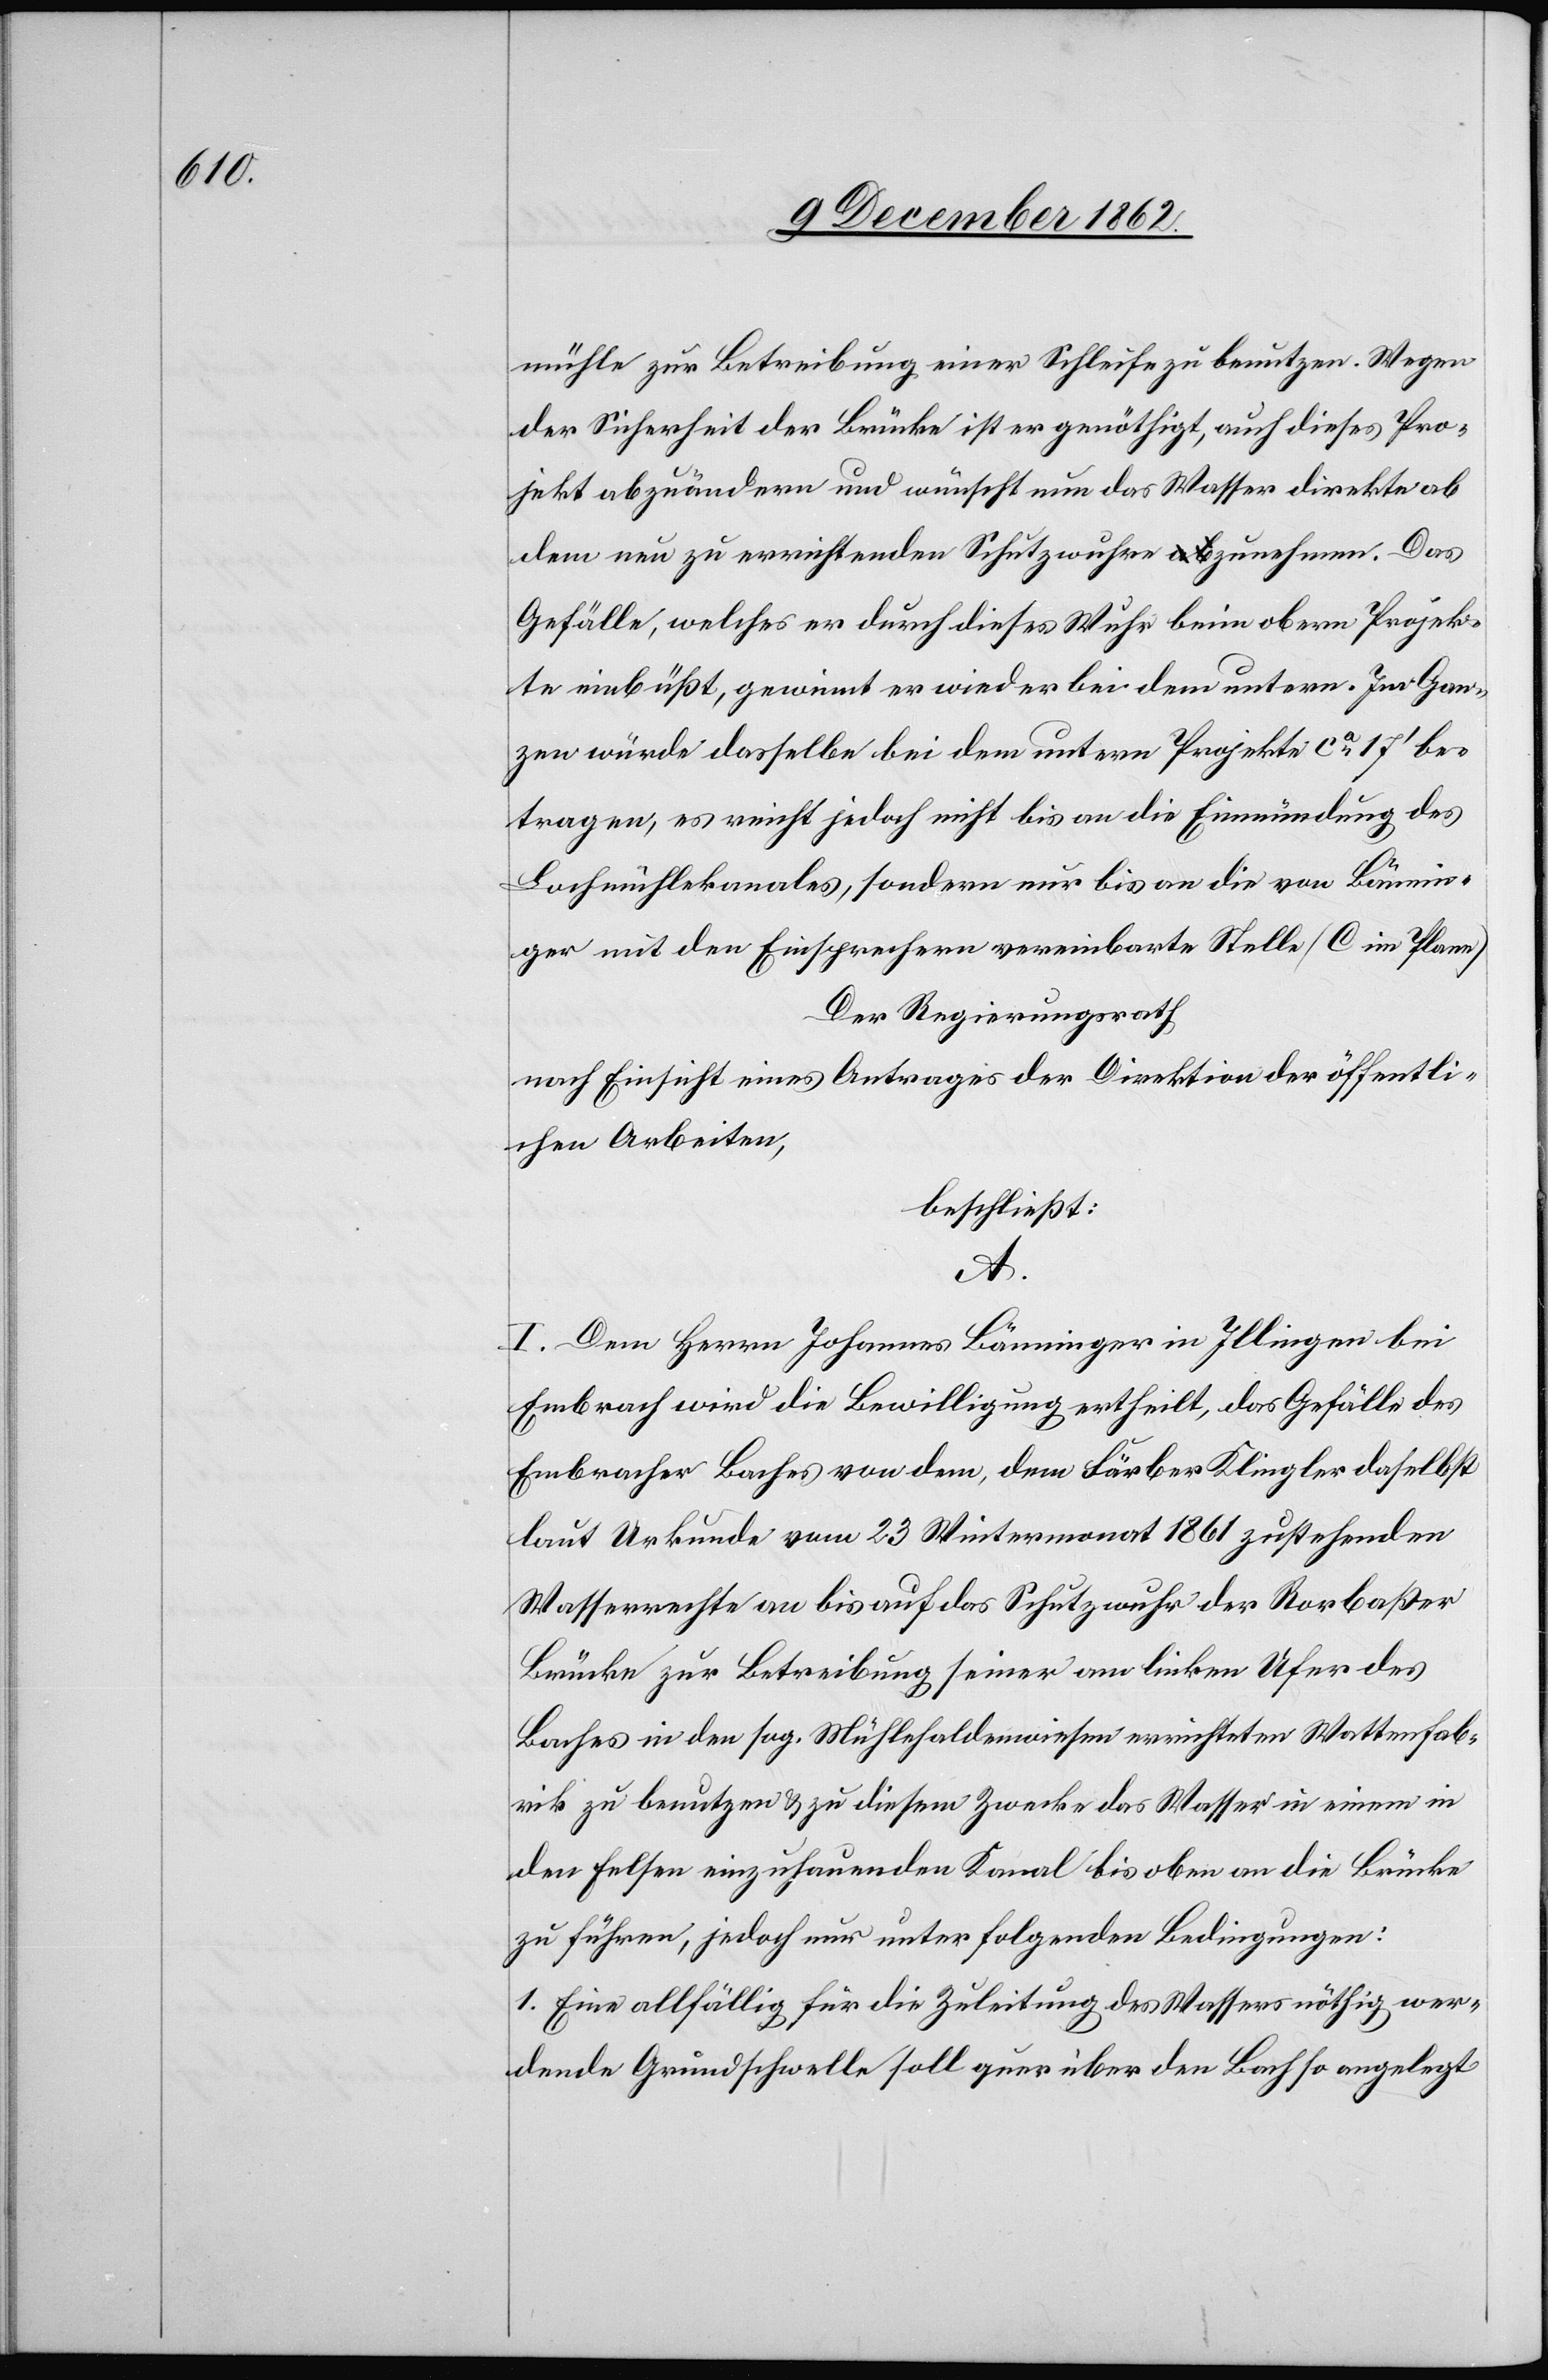
mühle zur Betreibung einer Schleife zu benutzen. Wegen
der Sicherheit der Brücke ist er genöthigt, auch dieses Pro¬
jekt abzuändern und wünscht nun das Wasser direkte ab
dem neu zu errichtenden Schutzwuhre a-ab-azunehmen. Das
Gefälle, welches er durch dieses Wuhr beim obern Projek¬
te einbüßt, gewinnt er wieder bei dem untern. Im Gan¬
zen würde dasselbe bei dem untern Projekte ca 17’ be¬
tragen, es reicht jedoch nicht bis an die Einmündung des
Lochmühlekanales, sondern nur bis an die von Bännin¬
ger mit den Einsprechern vereinbarte Stelle (C im Plane).
Der Regierungsrath
nach Einsicht eines Antrages der Direktion der öffentli¬
chen Arbeiten,
beschließt:
A.
I. Dem Herrn Johannes Bänninger in Illingen bei
Embrach wird die Bewilligung ertheilt, das Gefälle des
Embracher Baches von dem, dem Färber Klingler daselbst
laut Urkunde vom 23. Wintermonat 1861 zustehenden
Wasserrechtes an bis auf das Schutzwuhr der Rorbaßer
Brücke zur Betreibung seiner am linken Ufer des
Baches in den sog. Mühlehaldenwiesen errichteten Wattenfab¬
rik zu benutzen u. zu diesem Zwecke das Wasser in einem in
den Felsen einzuhauenden Kanal bis oben an die Brücke
zu führen, jedoch nur unter folgenden Bedingungen:
1. Eine allfällig für die Zuleitung des Wassers nöthig wer¬
dende Grundschwelle soll quer über den Bach so angelegt